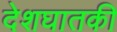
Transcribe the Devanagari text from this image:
देशघातकी